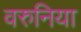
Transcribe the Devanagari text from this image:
वरुनिया